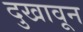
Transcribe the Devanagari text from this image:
दुखावून